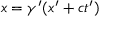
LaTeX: x = \gamma ^ { \prime } ( x ^ { \prime } + c t ^ { \prime } )